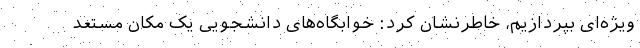
ویژه‌ای بپردازیم، خاطرنشان کرد: خوابگاه‌های دانشجویی یک مکان مستعد